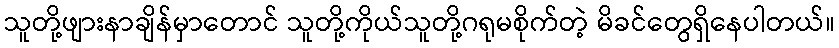
သူတို့ဖျားနာချိန်မှာတောင် သူတို့ကိုယ်သူတို့ဂရုမစိုက်တဲ့ မိခင်တွေရှိနေပါတယ်။